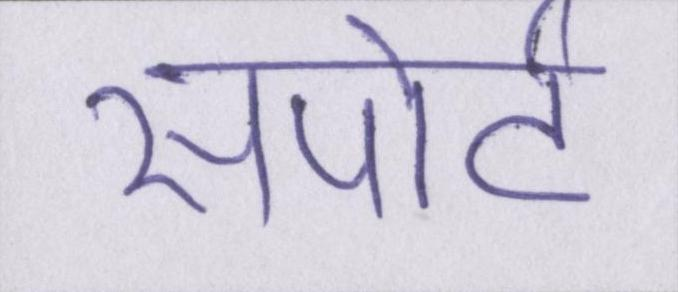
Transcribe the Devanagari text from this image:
सपोर्ट